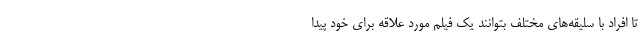
تا افراد با سلیقه‌های مختلف بتوانند یک فیلم مورد علاقه برای خود پیدا